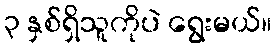
၃ နှစ်ရှိသူကိုပဲ ရွေးမယ်။